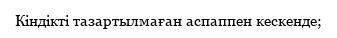
Кіндікті тазартылмаған аспаппен кескенде;